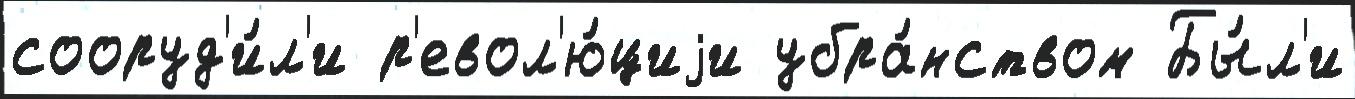
сооруд'и́л'и р'евол'ю́циjи убра́нством Бы́л'и